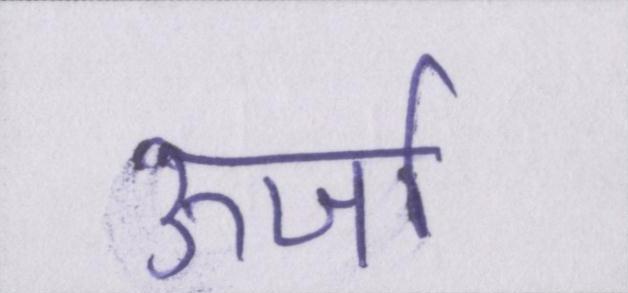
ऊर्जा